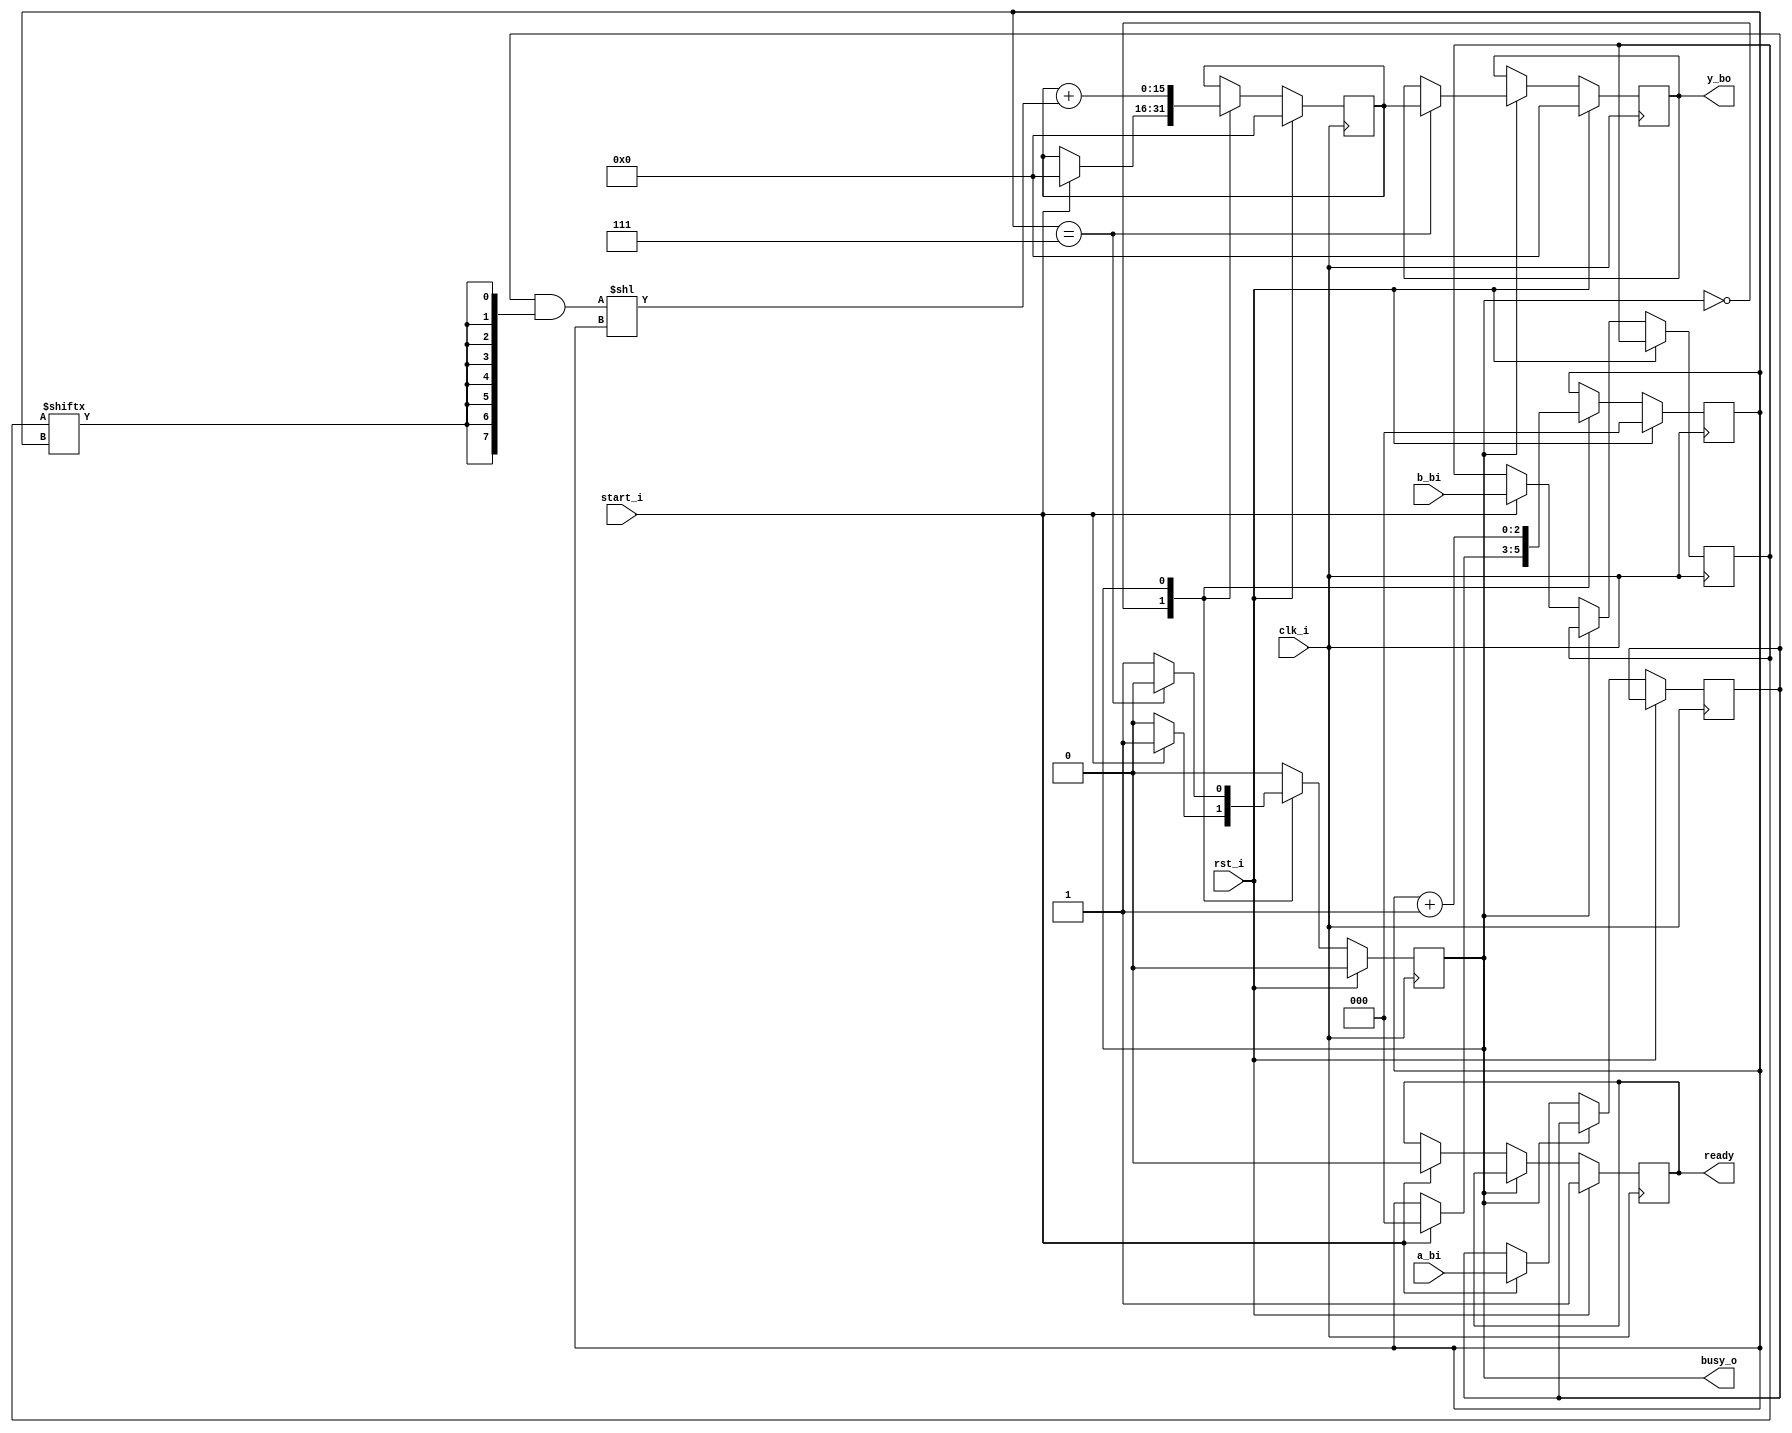
`timescale 1ns / 1ps
//////////////////////////////////////////////////////////////////////////////////
// Company: 
// Engineer: 
// 
// Design Name: 
// Module Name: multer
// Project Name: 
// Target Devices: 
// Tool Versions: 
// Description: 
// 
// Dependencies: 
// 
// Revision:
// Revision 0.01 - File Created
// Additional Comments:
// 
//////////////////////////////////////////////////////////////////////////////////

module multer (
    input clk_i ,
    input rst_i ,
    
    input [7:0] a_bi ,
    input [7:0] b_bi ,
    
    input start_i ,
    
    output wire ready,
    output busy_o ,
    output reg [15:0] y_bo
);

    localparam IDLE = 1'b0 ;
    localparam WORK = 1'b1 ;
    
    reg [2:0] ctr ;
    wire [2:0] end_step ;
    wire [7:0] part_sum ;
    wire [15:0] shifted_part_sum ;
    reg [7:0] a , b ;
    reg [15:0] part_res ;
    reg state ;
    reg ready_in ; 
    
    assign part_sum = a & { 8{ b [ ctr ] } } ;
    assign shifted_part_sum = part_sum << ctr ;
    assign end_step = ( ctr == 3'h7 ) ;
    assign busy_o = state ;
    assign ready = ready_in ;
    
    always @(posedge clk_i)
        if (rst_i) begin
            ctr <= 0 ;
            part_res <= 0 ;
            y_bo <= 0 ;
            state <= IDLE ;
            ready_in <= 1 ;
        end else begin
            case ( state )
                IDLE :
                    if (start_i) begin
                        state <= WORK;
                        a <= a_bi ;
                        b <= b_bi ;
                        ctr <= 0 ;
                        part_res <= 0 ;
                        ready_in <= 0 ;
                    end
                WORK:
                begin
                    if ( end_step ) begin
                        state <= IDLE ;
                        y_bo <= part_res ;
                    end
                    part_res <= part_res + shifted_part_sum ;
                    ctr <= ctr + 1 ;
                end
            endcase
        end
endmodule